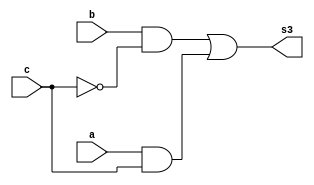

 // ------------------------- 
// Exemplo0033 - F4 
// Nome: Gustavo Jota Resende
// ------------------------- 
// ------------------------- 
// f4_gate 
// ------------------------- 
module f5 (output [3:0] s3, 
input [3:0] a, 
input [3:0] b,
input [3:0] c);
assign s3 = (b & ~c) | (a & c); 
	endmodule // f5	
module f4 (output [3:0] s, 
input [3:0] a, 
input [3:0] b);
assign s = ~(a | b);
endmodule // f4 

module f3 (output [3:0] s2, 
input [3:0] a, 
input [3:0] b); 
 assign s1 = ~(a & b); 
	endmodule // f3 
	
module test_f4; 
// ------------------------- definir dados 
reg [3:0] x; 
reg [3:0] y; 
reg [3:0] chave;
wire [3:0] z; 
wire [3:0] k;
wire [3:0] l;
f4 modulo (z, x, y); 
f3 modulo2 (k, x, y); 
f5 modulo3 (l, z, k, chave);
// ------------------------- parte principal 
initial begin 
$display("Exemplo0033 - Gustavo Jota Resende - 427413"); 
$display("Test LU's module"); 
x = 4'b0011; y = 4'b0101; 
#1 chave = 4'b1111;
$monitor("%b (& ou |) %b com chave %b = %b", y, x, chave, l ); 


	
	


end 
endmodule // test_f4 

//Testes
// 0000 (& ou |) 0001 com chave 1111 = 1000